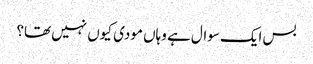
بس ایک سوال ہے وہاں مودی کیوں نہیں تھا؟